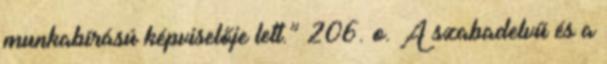
munkabírású képviselője lett.” 206. o. A szabadelvű és a